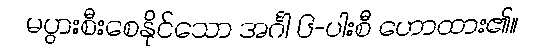
မပွားစီးစေနိုင်သော အင်္ဂါ ၆-ပါးစီ ဟောထား၏။